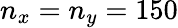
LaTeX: n_{x}=n_{y}=150